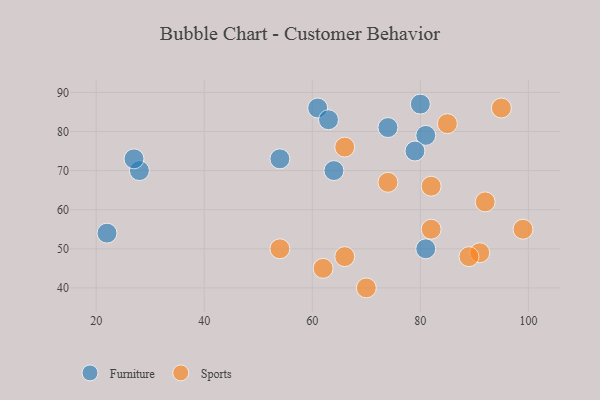
{"axis": {"x": "GDP", "y": "Life Expectancy"}, "legend": ["Furniture", "Sports"], "data": [{"x": "28", "y": 70, "type": "Furniture"}, {"x": "61", "y": 86, "type": "Furniture"}, {"x": "74", "y": 81, "type": "Furniture"}, {"x": "54", "y": 73, "type": "Furniture"}, {"x": "81", "y": 79, "type": "Furniture"}, {"x": "81", "y": 50, "type": "Furniture"}, {"x": "27", "y": 73, "type": "Furniture"}, {"x": "80", "y": 87, "type": "Furniture"}, {"x": "22", "y": 54, "type": "Furniture"}, {"x": "63", "y": 83, "type": "Furniture"}, {"x": "64", "y": 70, "type": "Furniture"}, {"x": "79", "y": 75, "type": "Furniture"}, {"x": "82", "y": 66, "type": "Sports"}, {"x": "54", "y": 50, "type": "Sports"}, {"x": "82", "y": 55, "type": "Sports"}, {"x": "85", "y": 82, "type": "Sports"}, {"x": "74", "y": 67, "type": "Sports"}, {"x": "66", "y": 48, "type": "Sports"}, {"x": "95", "y": 86, "type": "Sports"}, {"x": "92", "y": 62, "type": "Sports"}, {"x": "91", "y": 49, "type": "Sports"}, {"x": "62", "y": 45, "type": "Sports"}, {"x": "89", "y": 48, "type": "Sports"}, {"x": "99", "y": 55, "type": "Sports"}, {"x": "66", "y": 76, "type": "Sports"}, {"x": "70", "y": 40, "type": "Sports"}]}